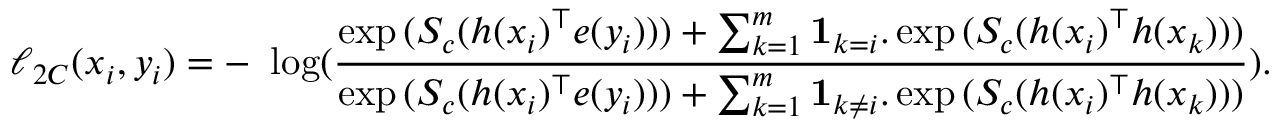
\ell _ { 2 C } ( x _ { i } , y _ { i } ) = - ~ \log ( \frac { \exp { ( S _ { c } ( h ( x _ { i } ) ^ { \top } e ( y _ { i } ) ) ) } + \sum _ { k = 1 } ^ { m } \mathbf { 1 } _ { k = i } . \exp { ( S _ { c } ( h ( x _ { i } ) ^ { \top } h ( x _ { k } ) ) ) } } { \exp { ( S _ { c } ( h ( x _ { i } ) ^ { \top } e ( y _ { i } ) ) ) } + \sum _ { k = 1 } ^ { m } \mathbf { 1 } _ { k \neq i } . \exp { ( S _ { c } ( h ( x _ { i } ) ^ { \top } h ( x _ { k } ) ) ) } } ) .